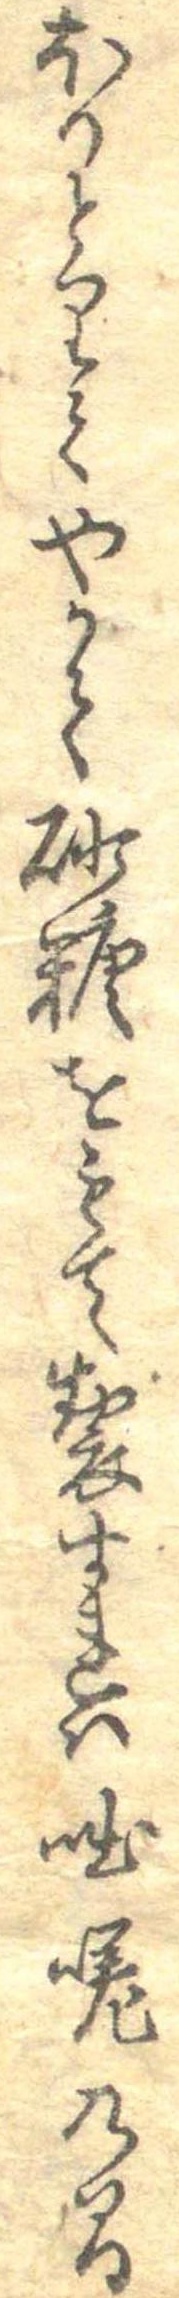
ほりとりてやかて砂糖をもて製すれは咄嗟の間